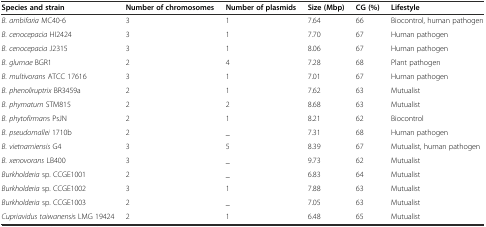
<table><thead><tr><td><b>Species and strain</b></td><td><b>Number of chromosomes</b></td><td><b>Number of plasmids</b></td><td><b>Size (Mbp)</b></td><td><b>CG (%)</b></td><td><b>Lifestyle</b></td></tr></thead><tbody><tr><td><i>B. ambifaria</i> MC40-6</td><td>3</td><td>1</td><td>7.64</td><td>66</td><td>Biocontrol, human pathogen</td></tr><tr><td><i>B. cenocepacia</i> HI2424</td><td>3</td><td>1</td><td>7.70</td><td>67</td><td>Human pathogen</td></tr><tr><td><i>B. cenocepacia</i> J2315</td><td>3</td><td>1</td><td>8.06</td><td>67</td><td>Human pathogen</td></tr><tr><td><i>B. glumae</i> BGR1</td><td>2</td><td>4</td><td>7.28</td><td>68</td><td>Plant pathogen</td></tr><tr><td><i>B. multivorans</i> ATCC 17616</td><td>3</td><td>1</td><td>7.01</td><td>67</td><td>Human pathogen</td></tr><tr><td><i>B. phenoliruptrix</i> BR3459a</td><td>2</td><td>1</td><td>7.62</td><td>63</td><td>Mutualist</td></tr><tr><td><i>B. phymatum</i> STM815</td><td>2</td><td>2</td><td>8.68</td><td>63</td><td>Mutualist</td></tr><tr><td><i>B. phytofirman</i>s PsJN</td><td>2</td><td>1</td><td>8.21</td><td>62</td><td>Biocontrol</td></tr><tr><td><i>B. pseudomallei</i> 1710b</td><td>2</td><td>_</td><td>7.31</td><td>68</td><td>Human pathogen</td></tr><tr><td><i>B. vietnamiensis</i> G4</td><td>3</td><td>5</td><td>8.39</td><td>67</td><td>Mutualist, human pathogen</td></tr><tr><td><i>B. xenovorans</i> LB400</td><td>3</td><td>_</td><td>9.73</td><td>62</td><td>Mutualist</td></tr><tr><td><i>Burkholderia</i> sp. CCGE1001</td><td>2</td><td>_</td><td>6.83</td><td>64</td><td>Mutualist</td></tr><tr><td><i>Burkholderia</i> sp. CCGE1002</td><td>3</td><td>1</td><td>7.88</td><td>63</td><td>Mutualist</td></tr><tr><td><i>Burkholderia</i> sp. CCGE1003</td><td>2</td><td>_</td><td>7.05</td><td>63</td><td>Mutualist</td></tr><tr><td><i>Cupriavidus taiwanensi</i>s LMG 19424</td><td>2</td><td>1</td><td>6.48</td><td>65</td><td>Mutualist</td></tr></tbody></table>